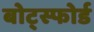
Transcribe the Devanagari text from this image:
बोट्स्फोर्ड